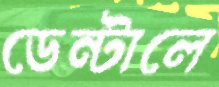
ডেন্টালে